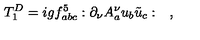
T _ { 1 } ^ { D } = i g f _ { a b c } ^ { 5 } : \partial _ { \nu } A _ { a } ^ { \nu } u _ { b } \tilde { u } _ { c } : \quad ,